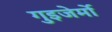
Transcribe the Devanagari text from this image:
गुइजेर्मो